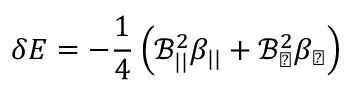
\delta E = - \frac { 1 } { 4 } \left( \mathcal { B } _ { | | } ^ { 2 } \beta _ { | | } + \mathcal { B } _ { \perp } ^ { 2 } \beta _ { \perp } \right)